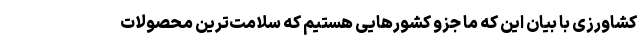
کشاورزی با بیان این که ما جزو کشورهایی هستیم که سلامت‌ترین محصولات